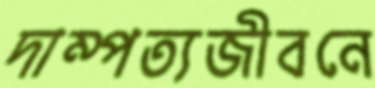
দাম্পত্যজীবনে